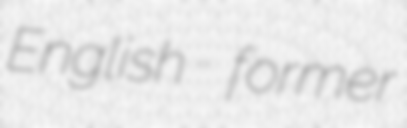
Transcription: English former